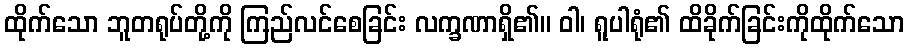
ထိုက်သော ဘူတရုပ်တို့ကို ကြည်လင်စေခြင်း လက္ခဏာရှိ၏။ ဝါ၊ ရူပါရုံ၏ ထိခိုက်ခြင်းကိုထိုက်သော